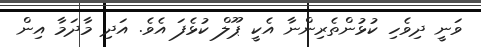
ވަނީ ދިވެހި ކުޅުންތެރިންނާ އެކީ ޕޫލް ކުޅެފަ އެވެ. އަދި މާދަމާ އިން